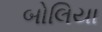
બોલિયા